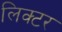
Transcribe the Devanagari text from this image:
लिक्टर